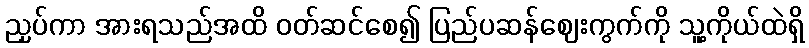
ညှပ်ကာ အားရသည်အထိ ဝတ်ဆင်စေ၍ ပြည်ပဆန်ဈေးကွက်ကို သူ့ကိုယ်ထဲရှိ